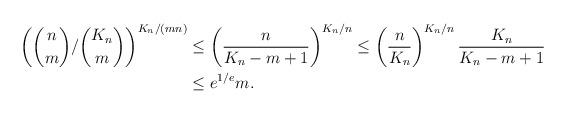
LaTeX: \begin{align*}\left(\binom{n}{m} / \binom{K_n}{m}\right)^{K_n/(mn)} &\le \left(\frac{n}{K_n-m+1}\right)^{K_n/n} \le \left(\frac{n}{K_n}\right)^{K_n/n} \frac{K_n}{K_n-m+1} \\ &\le e^{1/e} m.\end{align*}